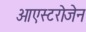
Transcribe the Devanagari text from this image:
ओएस्टरोजेन